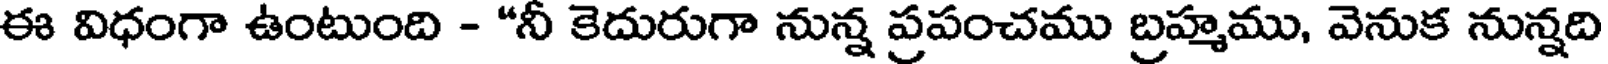
ఈ విధంగా ఉంటుంది - "నీ కెదురుగా నున్న ప్రపంచము బ్రహ్మము, వెనుక నున్నది